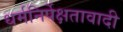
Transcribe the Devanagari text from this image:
धर्मनिर्पेक्षतावादी